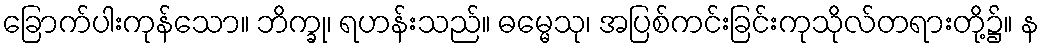
ခြောက်ပါးကုန်သော။ ဘိက္ခု၊ ရဟန်းသည်။ ဓမ္မေသု၊ အပြစ်ကင်းခြင်းကုသိုလ်တရားတို့၌။ န